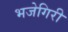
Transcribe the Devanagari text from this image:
भजेगिरी